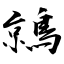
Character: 鶁